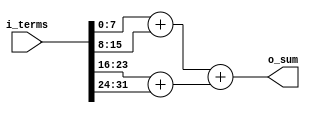
`timescale 1ns/1ps

// NOTE: Can handle odd number of terms
module TreeAdder #(parameter WORD_WIDTH = 8, NUM_TERMS = 4) (
    input [WORD_WIDTH*NUM_TERMS-1:0] i_terms,
    output [WORD_WIDTH-1:0] o_sum);

    localparam NUM_BASE_SUM = NUM_TERMS/2;
    localparam RESIDUAL = NUM_TERMS % 2;
    localparam NUM_SUM = NUM_TERMS-1;

    wire [WORD_WIDTH*NUM_SUM-1:0] w_partial;

    assign o_sum = w_partial[WORD_WIDTH*(NUM_SUM-1)+:WORD_WIDTH];

    genvar i;
    generate

        // sum base level terms
        for (i = 0; i < NUM_BASE_SUM; i = i + 1) begin
            assign w_partial[WORD_WIDTH*i+:WORD_WIDTH] = i_terms[WORD_WIDTH*(i*2)+:WORD_WIDTH] + i_terms[WORD_WIDTH*(i*2+1)+:WORD_WIDTH];
        end

        for (i = NUM_BASE_SUM; i < NUM_SUM; i = i + 1) begin

            // case 1: summing odd number of terms, handle the extra term
            if (RESIDUAL == 1 && (i-NUM_BASE_SUM)*2+1 == NUM_BASE_SUM || (i-NUM_BASE_SUM)*2 == NUM_BASE_SUM)
                assign w_partial[WORD_WIDTH*i+:WORD_WIDTH] = w_partial[WORD_WIDTH*((i-NUM_BASE_SUM)*2)+:WORD_WIDTH] 
                    + i_terms[WORD_WIDTH*(NUM_TERMS-1)+:WORD_WIDTH];

            // case 2: summing odd number of terms, handle the shifted indexing of the rest of terms due to extra term
            else if (RESIDUAL == 1 && (i-NUM_BASE_SUM)*2+1 > NUM_BASE_SUM)
                assign w_partial[WORD_WIDTH*i+:WORD_WIDTH] = w_partial[WORD_WIDTH*((i-NUM_BASE_SUM)*2-1)+:WORD_WIDTH] 
                    + w_partial[WORD_WIDTH*((i-NUM_BASE_SUM)*2)+:WORD_WIDTH];
            
            // case 3: summing even number of terms
            else
                assign w_partial[WORD_WIDTH*i+:WORD_WIDTH] = w_partial[WORD_WIDTH*((i-NUM_BASE_SUM)*2)+:WORD_WIDTH] 
                    + w_partial[WORD_WIDTH*((i-NUM_BASE_SUM)*2+1)+:WORD_WIDTH];
        end
        
    endgenerate



endmodule